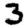
Digit: 3